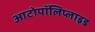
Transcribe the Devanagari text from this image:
आटोपॉलिप्लाइड